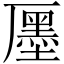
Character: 㕓